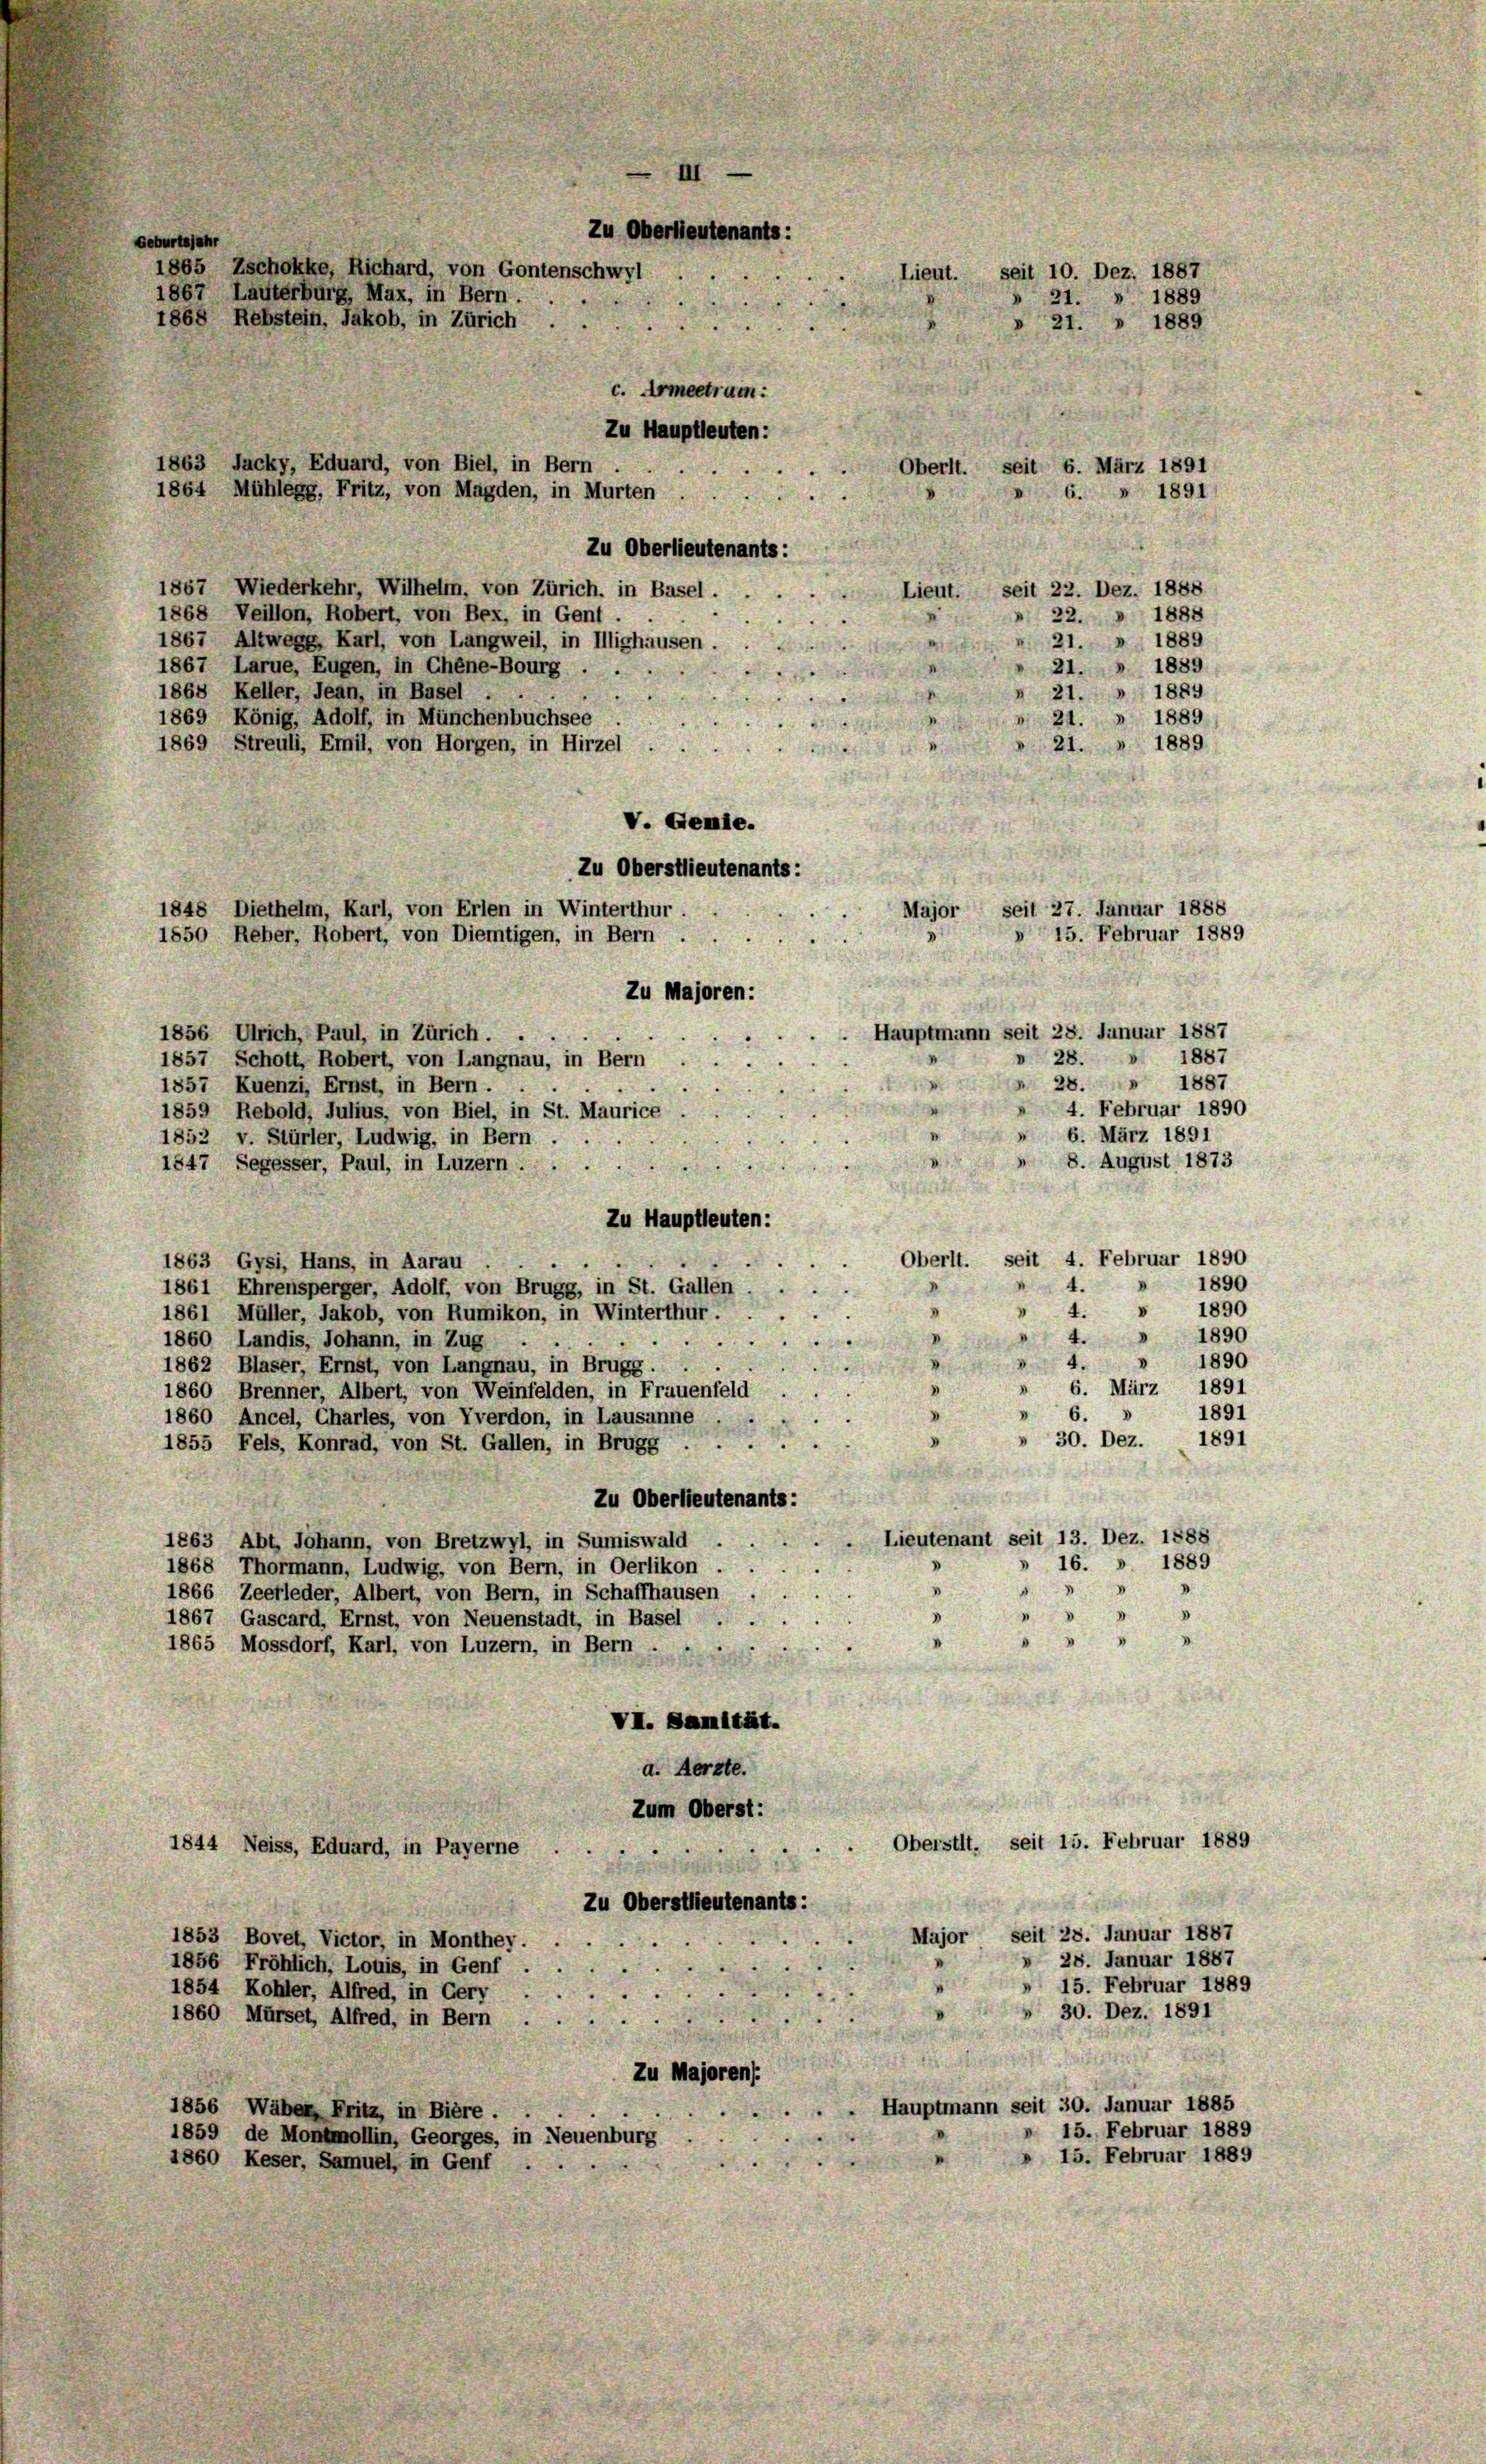
c. Armeetram:
Zu Hauptleuten:
Oberlt. seit 6. März 1891
6. 1891
Zu Oberlieutenants:
1867 Wiederkehr, Wilhelm, von Zürich, in Basel.
Lieut. seit 22. Dez. 1888
1868 Veillon, Robert, von Bex, in Gent.
 22. 1888
1889
21.
1867 Altwegg, Karl, von Langweil, in Illighausen.
1889
1867 Larue, Eugen, in Chéne-Bourg .
21.
1868 Keller, Jean, in Basel . .
21. » 1889
1869 König, Adolf, in Münchenbuchsee
21. » 1889
21. 1889
1869 Streuli, Emil, von Horgen, in Hirzel
V. Genie.
Zu Oberstlieutenants:
seit 27. Januar 1888
Major
15. Februar 1889
Zu Majoren:
Hauptmann seit 28. Januar 1887
1856 Ulrich, Paul, in Zürich.
» 28. 1887
1857 Schott, Robert, von Langnau, in Bern
 28. 1887
1857 Kuenzi, Ernst, in Bern.
 4. Februar 1890
1859 Rebold, Julius, von Biel, in St. Maurice
6. März 1891
1852 v. Stürler, Ludwig, in Bern,
u
8. August 1873
1547 Segesser, Paul, in Luzern . .
Zu Hauptleuten:
seit 4. Februar 1890
Oberlt.
1863 Gysi, Hans, in Aarau
1890
4.
1861 Ehrensperger, Adolf, von Brugg, in St. Gallen
1890
V
 4.
1861 Müller, Jakob, von Rumikon, in Winterthur.
4. " 1890
1860 Landis, Johann, in Zug
 1890
 4.
1862 Blaser, Ernst, von Langnau, in Brugg.
)
» 6. März 1891
1860 Brenner, Albert, von Weinfelden, in Frauenfeld
1891
6.
1860 Ancel, Charles, von Yverdon, in Lausanne
30. Dez. 1891
1855 Fels, Konrad, von St. Gallen, in Brugg ...
Zu Oberleutenants:
Lieutenant seit 13. Dez. 1888
1863 Abt. Johann, von Bretzwyl, in Sumiswald
16. » 1889
1868 Thormann, Ludwig, von Bern, in Oerlikon.

1866 Zeerleder, Albert, von Bern, in Schaffhausen

.
1867 Gascard, Ernst, von Neuenstadt, in Basel .
I
"
1865 Mossdorf, Karl, von Luzern, in Bern
VI. Sanität.
a. Aerzte.
Zum Oberst:
Oberstit. seit 15. Februar 1889
1844 Neiss, Eduard, in Payerne
Zu Oberstlieutenants:
Major, seit 28. Januar 1887
1853 Bovet, Victor, in Monthey.
» 28. Januar 1887
1856 Fröhlich, Louis, in Genf.
15. Februar 1889
1854 Kohler, Alfred, in Gery . .
» 30. Dez. 1891
1860 Mürset, Alfred, in Bern . .
Zu Majoren):
Hauptmann seit 30. Januar 1885
1856 Wäber Fritz, in Biere.
15. Februar 1889
1859 de Montmollin, Georges, in Neuenburg
15. Februar 1889
1860 Keser, Samuel, in Genf

III
Zu Oberlieutenants:
Geburtsjahr
1865 Zschokke, Richard, von Gontenschwyl
1867 Lauterburg, Max, in Bern.
1868 Rebstein, Jakob, in Zürich.

1863 Jacky, Eduard, von Biel, in Bern
1864 Mühlegg, Fritz, von Magden, in Murten

1848 Diethelm, Karl, von Erlen in Winterthur.
1550 Reber, Robert, von Diemtigen, in Bern

Lieut. seit 10. Dez. 1887
21. 1889
 21. » 1889